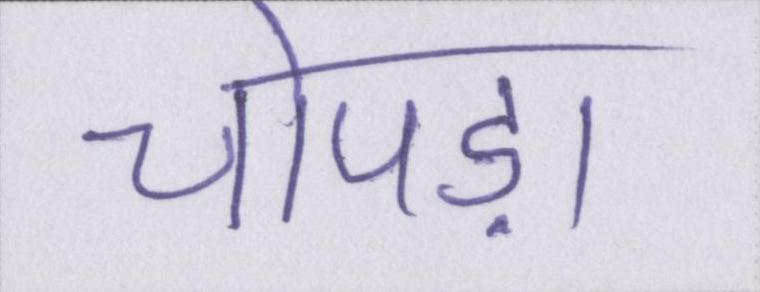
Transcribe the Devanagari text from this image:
चोपड़ा